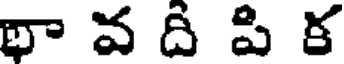
థా వ ది పి క